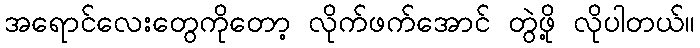
အရောင်လေးတွေကိုတော့ လိုက်ဖက်အောင် တွဲဖို့ လိုပါတယ်။